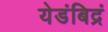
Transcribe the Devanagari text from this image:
येडंबिद्रं